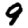
Digit: 9